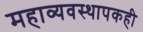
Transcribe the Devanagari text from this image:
महाव्यवस्थापकही